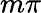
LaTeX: m\pi